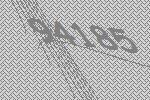
94185